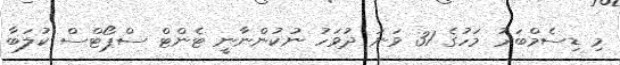
މި ޑިސެމްބަރު މަހުގެ 31 ވަނަ ދުވަހު ނުކުންނާނީ ޓެންޓް ސްޕޯޓްސް ކުލަބާ